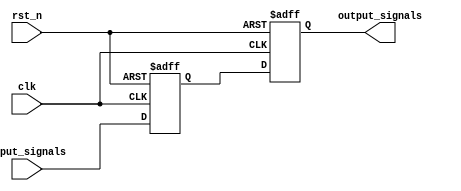
module reset_condition_example (
    input wire clk,               // Clock signal
    input wire rst_n,            // Active-low reset signal (active when low)
    input wire [3:0] input_signals, // Example input signals
    output reg [3:0] output_signals // State output signals
);

// Internal registers for state
reg [3:0] internal_state;

// Behavioral logic with reset condition
always @(posedge clk or negedge rst_n) begin
    if (!rst_n) begin
        // Reset condition: Initialize internal state
        internal_state <= 4'b0000; // Set internal state to zero
        output_signals <= 4'b0000; // Set output signals to zero
    end else begin
        // Normal operation: Update internal state based on input signals
        internal_state <= input_signals;
        output_signals <= internal_state; // Propagate internal state to output
    end
end

endmodule